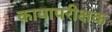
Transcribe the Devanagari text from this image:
कायापरीक्षक